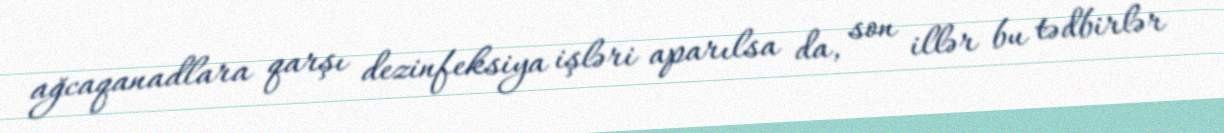
ağcaqanadlara qarşı dezinfeksiya işləri aparılsa da, son illər bu tədbirlər